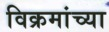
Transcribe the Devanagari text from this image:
विक्रमांच्या